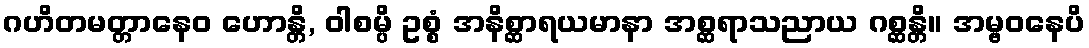
ဂဟိတမတ္တာနေဝ ဟောန္တိ, ဝါစမ္ပိ ဥစ္စံ အနိစ္ဆာရယမာနာ အစ္ဆရာသညာယ ဂစ္ဆန္တိ။ အမ္ဗဝနေပိ